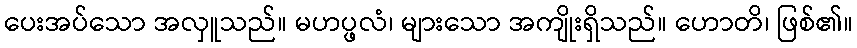
ပေးအပ်သော အလှူသည်။ မဟပ္ဖလံ၊ များသော အကျိုးရှိသည်။ ဟောတိ၊ ဖြစ်၏။